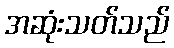
အဆုံးသတ်သည်